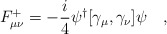
\begin{align*}F^{+}_{\mu\nu}=-\frac{i}{4} \psi^{\dag}[\gamma_{\mu},\gamma_{\nu}]\psi~~~,\end{align*}